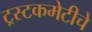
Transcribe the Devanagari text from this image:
ट्रस्टकमेटीचे